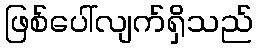
ဖြစ်ပေါ်လျက်ရှိသည်